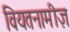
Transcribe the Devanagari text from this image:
वियतनामीज़